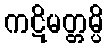
ကဋိမတ္တမ္ပိ